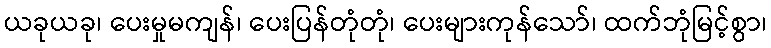
ယခုယခု၊ ပေးမှုမကျန်၊ ပေးပြန်တုံတုံ၊ ပေးများကုန်သော်၊ ထက်ဘုံမြင့်စွာ၊